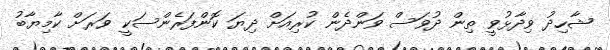
ޝާހިދު ވިދާޅުވީ ތިން ދުވަސް ވަންދެން ކުރިއަށް ދިޔަ ކޮންފަރެންސަކީ ވަރަށް ކާމިޔާބު